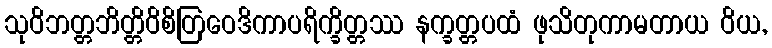
သုဝိဘတ္တဘိတ္တိဝိစိတြဝေဒိကာပရိက္ခိတ္တဿ နက္ခတ္တပထံ ဖုသိတုကာမတာယ ဝိယ,